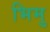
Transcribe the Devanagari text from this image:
भिमु